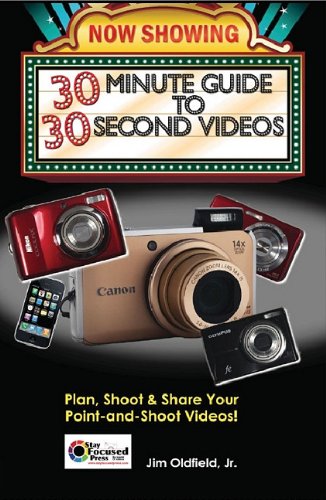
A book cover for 30 Minute Guide to 30 Second Videos: Plan, Shoot and Share Your Point and Shoot Videos (Stay Focused Press); Jim Oldfield; Humor & Entertainment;